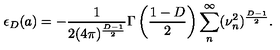
\epsilon _ { D } ( a ) = - \frac { 1 } { 2 ( 4 \pi ) ^ { \frac { D - 1 } { 2 } } } \Gamma \left( \frac { 1 - D } { 2 } \right) \sum _ { n } ^ { \infty } ( \nu _ { n } ^ { 2 } ) ^ { \frac { D - 1 } { 2 } } .